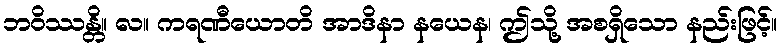
ဘဝိဿန္တိ။ လ။ ကရဏီယောတိ အာဒိနာ နယေန၊ ဤသို့ အစရှိသော နည်းဖြင့်။